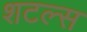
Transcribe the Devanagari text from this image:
शटल्स